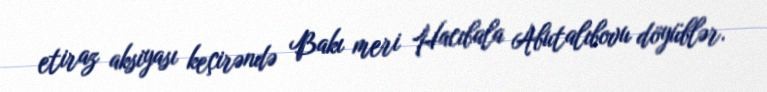
etiraz aksiyası keçirəndə Bakı meri Hacıbala Abutalıbovu döyüblər.